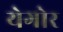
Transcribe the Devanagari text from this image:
येगोर